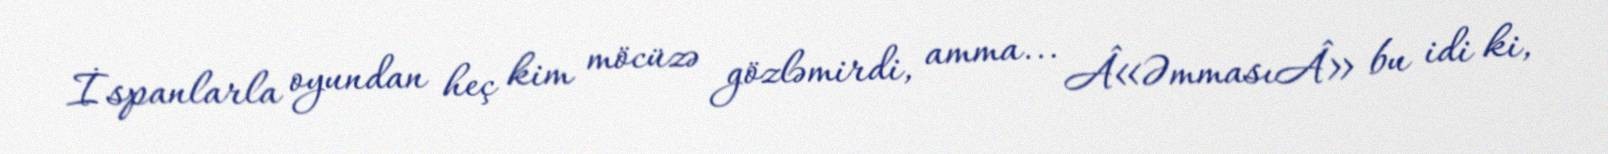
İspanlarla oyundan heç kim möcüzə gözləmirdi, amma... Â«ƏmmasıÂ» bu idi ki,